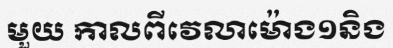
មួយ កាលពីវេលាម៉ោង១និង